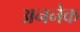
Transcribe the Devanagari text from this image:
अननेक